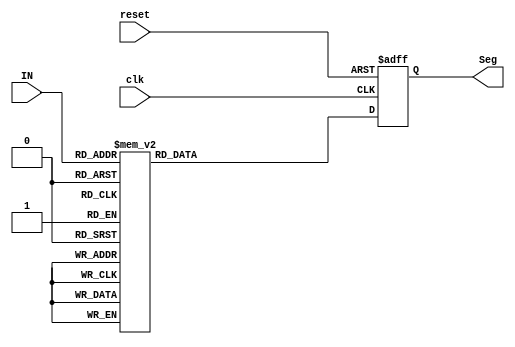
// This program was cloned from: https://github.com/tlimato/ee2390_final
// License: MIT License

module sevensegBCDdecoder(
  input [3:0] IN,
  input clk,
  input reset,
  output reg [0:6] Seg
);

  always @(posedge clk or posedge reset) begin
    if (reset) begin
      Seg <= 7'b111_1111; // Display '0' when reset is asserted
    end else begin
      case(IN)
        4'b0000: Seg <= 7'b000_0001;
        4'b0001: Seg <= 7'b100_1111;
        4'b0010: Seg <= 7'b001_0010;
        4'b0011: Seg <= 7'b000_0110;
        4'b0100: Seg <= 7'b100_1100;
        4'b0101: Seg <= 7'b010_0100;
        4'b0110: Seg <= 7'b000_1000;
        4'b0111: Seg <= 7'b000_0110;
        4'b1000: Seg <= 7'b001_0010;
        4'b1001: Seg <= 7'b100_1111;
        default: Seg <= 7'b111_1111; // Display '0' for invalid inputs
      endcase
    end
  end

endmodule